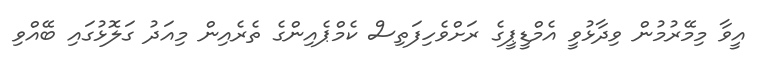
އީވާ މިމޭރުމުން ވިދާޅުވީ އެމްޑީޕީގެ ރަށްވެހިފަތިސް ކެމްޕެއިންގެ ތެރެއިން މިއަދު ގަލޮޅުގައި ބޭއްވި